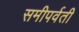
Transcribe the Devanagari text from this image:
समीपर्वती